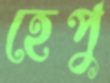
হেপু